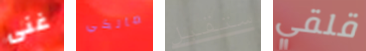
غنى مالكي ستقبل قلقي